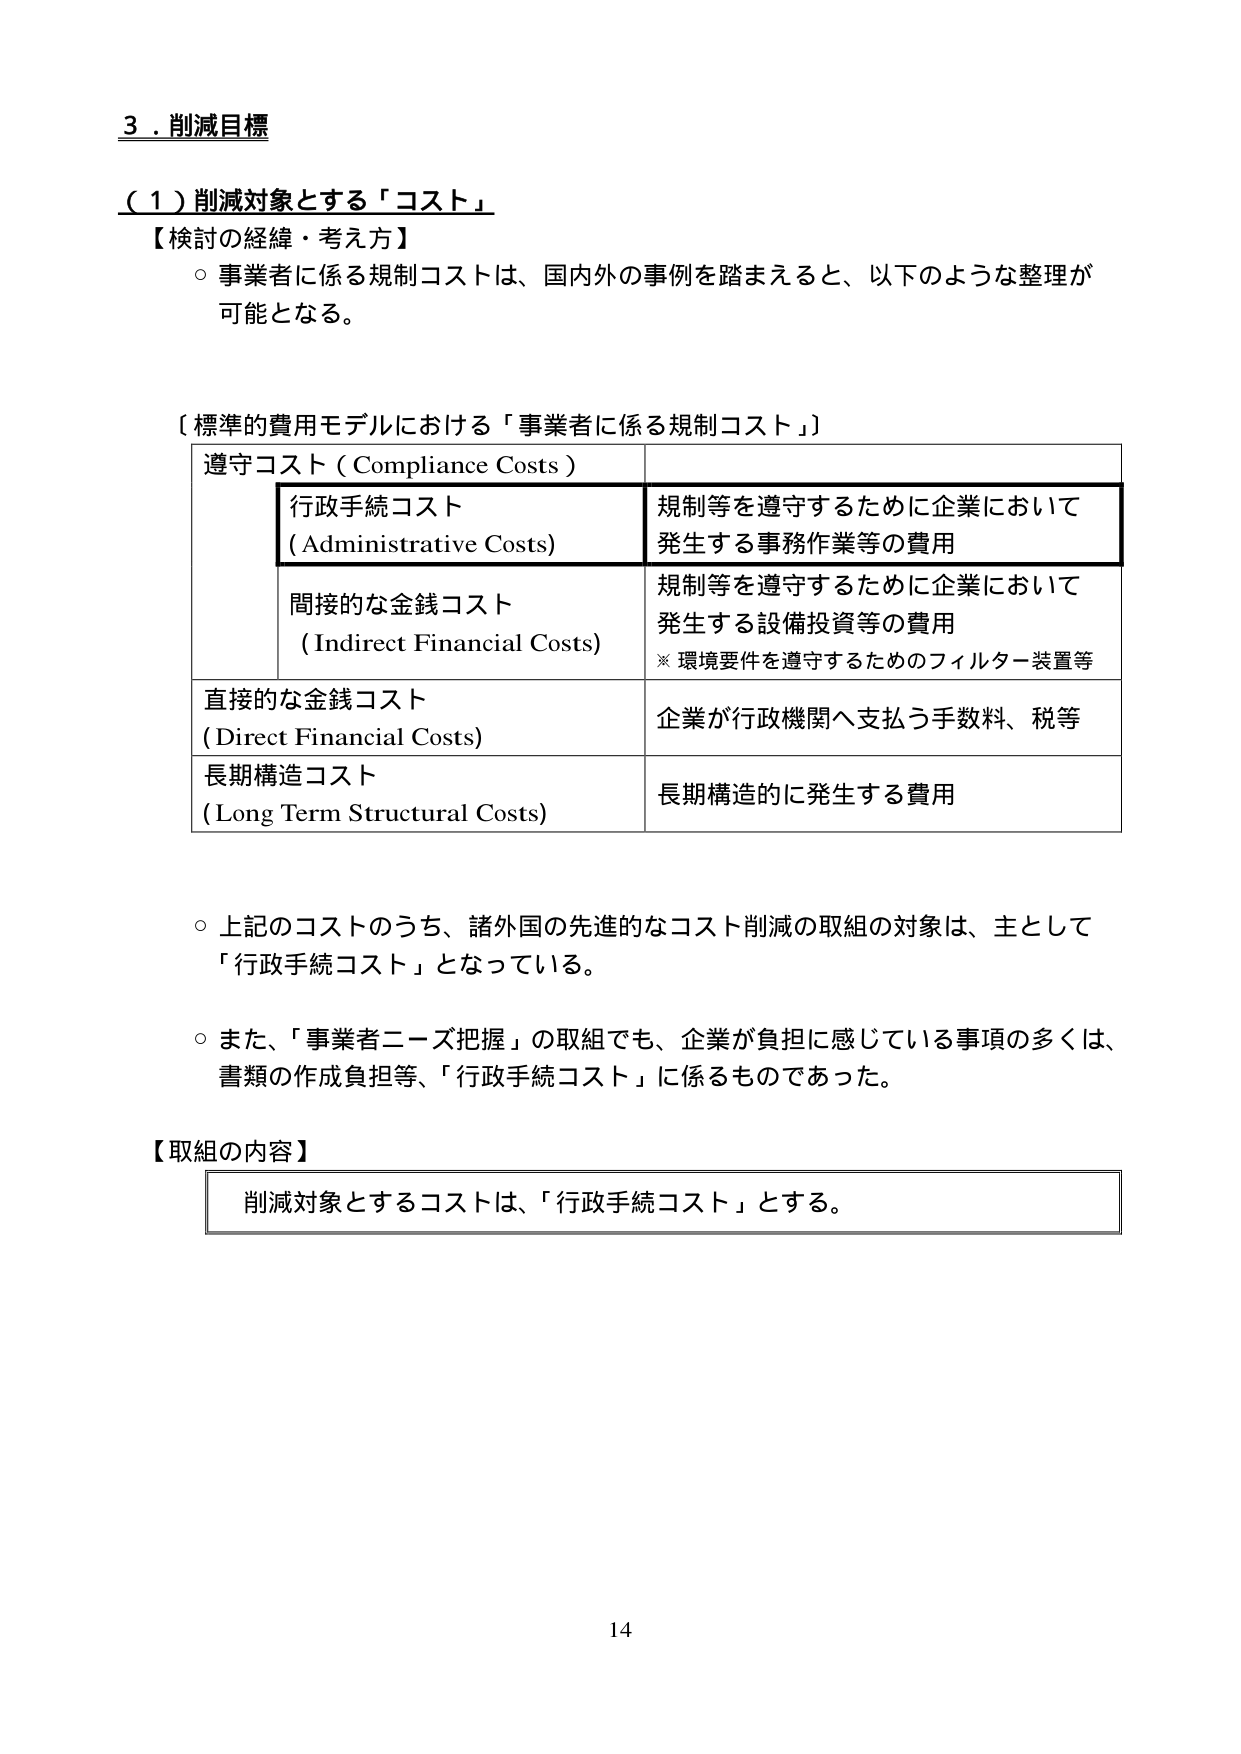
3．削減目標

（1）削減対象とする「コスト」

【検討の経緯・考え方】
○ 事業者に係る規制コストは、国内外の事例を踏まえると、以下のような整理が可能となる。

〔標準的費用モデルにおける「事業者に係る規制コスト」〕

遵守コスト（Compliance Costs）
　行政手続コスト
　（Administrative Costs）　　　　　　　規制等を遵守するために企業において発生する事務作業等の費用
　間接的な金銭コスト
　（Indirect Financial Costs）　　　　　　規制等を遵守するために企業において発生する設備投資等の費用
　　　　　　　　　　　　　　　　　　　　※ 環境要件を遵守するためのフィルター装置等
直接的な金銭コスト
（Direct Financial Costs）　　　　　　　　企業が行政機関へ支払う手数料、税等
長期構造コスト
（Long Term Structural Costs）　　　　　　長期構造的に発生する費用

○ 上記のコストのうち、諸外国の先進的なコスト削減の取組の対象は、主として「行政手続コスト」となっている。

○ また、「事業者ニーズ把握」の取組でも、企業が負担に感じている事項の多くは、書類の作成負担等、「行政手続コスト」に係るものであった。

【取組の内容】
　削減対象とするコストは、「行政手続コスト」とする。

14